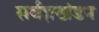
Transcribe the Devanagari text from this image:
सर्वज्ञखंडन